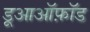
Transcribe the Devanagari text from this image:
डूआऑफ़ॉड